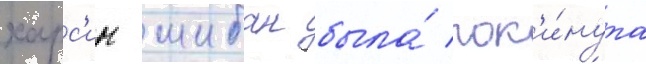
харс'ин шибан была́ пок'и́нута